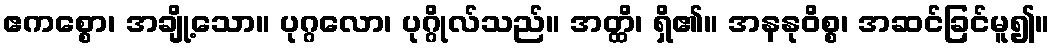
ဧကစ္စော၊ အချို့သော။ ပုဂ္ဂလော၊ ပုဂ္ဂိုလ်သည်။ အတ္ထိ၊ ရှိ၏။ အနနုဝိစ္စ၊ အဆင်ခြင်မူ၍။